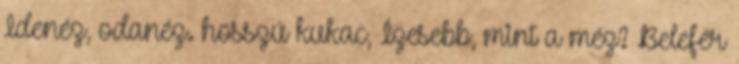
Idenéz, odanéz. hosszú kukac, Ízesebb, mint a méz? Belefér